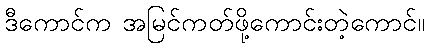
ဒီကောင်က အမြင်ကတ်ဖို့ကောင်းတဲ့ကောင်။